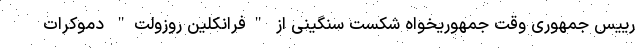
رییس جمهوری وقت جمهوریخواه شکست سنگینی از "فرانکلین روزولت" دموکرات